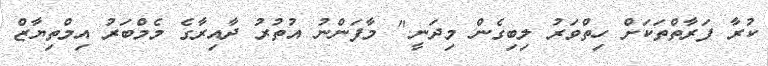
ކުރާ ފަރާތްތަކަށް ހިތްވަރު ލިބިގެން މިދަނީ." މާފަންނު އުތުރު ދާއިރާގެ މެމްބަރު އިމްތިޔާޒް